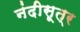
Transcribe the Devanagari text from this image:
नंदीसूत्र